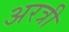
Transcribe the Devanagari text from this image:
अरत्री